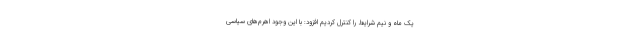
یک ماه و نیم شرایط را کنترل کردیم افزود: با این وجود اهرم‌های سیاسی